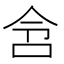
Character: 𫩧